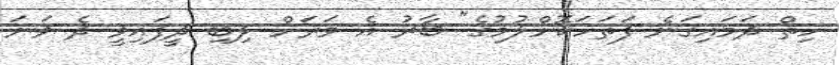
ހިތް ދަމައިގަނެ ފަތަހަކޮށްލުމުގެ" ބާރު އެ ވަރަށް ލިބި ދީފައިވީ ދެ ވަނަ